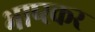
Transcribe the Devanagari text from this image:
भाष्स्कर